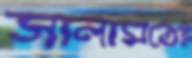
সালামতেই